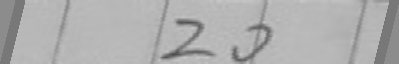
2 0